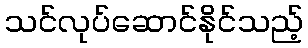
သင်လုပ်ဆောင်နိုင်သည့်